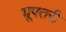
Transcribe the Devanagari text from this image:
धूपतरी